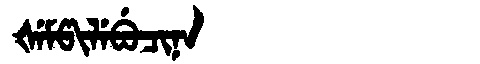
Manchu: ᡧᡝᠮᡦᡳᠯᡝᠪᡠᠴᡳᠨᠠ
Romanization: ŠEMPILEBUCINA